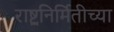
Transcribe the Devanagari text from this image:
राष्ट्रनिर्मितीच्या